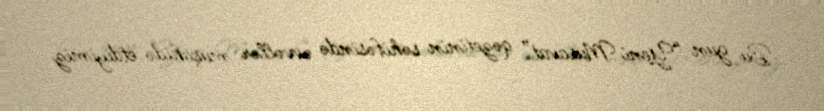
Bu gün “Yeni Müsavat” qəzetinin səhifəsində əvvəllər müşahidə etdiyimiz